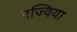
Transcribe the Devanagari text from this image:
रज्विया